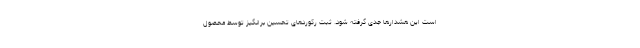
است این هشدارها جدی گرفته شود. ثبت رکوردهای تحسین برانگیز توسط محصول